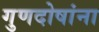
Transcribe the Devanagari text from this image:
गुणदोषांना